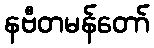
နဗီတမန်တော်